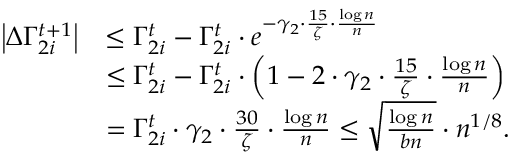
\begin{array} { r l } { \left| \Delta \Gamma _ { 2 i } ^ { t + 1 } \right| } & { \leq \Gamma _ { 2 i } ^ { t } - \Gamma _ { 2 i } ^ { t } \cdot e ^ { - \gamma _ { 2 } \cdot \frac { 1 5 } { \zeta } \cdot \frac { \log n } { n } } } \\ & { \leq \Gamma _ { 2 i } ^ { t } - \Gamma _ { 2 i } ^ { t } \cdot \left( 1 - 2 \cdot \gamma _ { 2 } \cdot \frac { 1 5 } { \zeta } \cdot \frac { \log n } { n } \right) } \\ & { = \Gamma _ { 2 i } ^ { t } \cdot \gamma _ { 2 } \cdot \frac { 3 0 } { \zeta } \cdot \frac { \log n } { n } \leq \sqrt { \frac { \log n } { b n } } \cdot n ^ { 1 / 8 } . } \end{array}